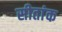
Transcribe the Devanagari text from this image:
सीतांक